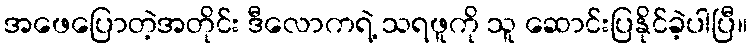
အဖေပြောတဲ့အတိုင်း ဒီလောကရဲ့ သရဖူကို သူ ဆောင်းပြနိုင်ခဲ့ပါပြီ။